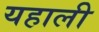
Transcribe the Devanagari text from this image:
यहाली